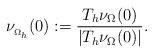
LaTeX: \begin{align*}\nu_{_{\Omega_h}}(0):=\frac{T_h\nu_{\Omega}(0)}{|T_h\nu_{\Omega}(0)|}.\end{align*}